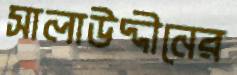
সালাউদ্দীনের